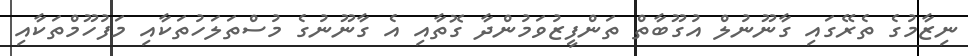
ނިޒާމުގެ ތެރޭގައި ގާނޫނުލް އުގޫބާތް ތަންފީޒުވަމުންދާ ގޮތާއި އެ ގާނޫނުގެ މުސްތަލަހުތަކާއި މަފުހޫމްތަކާއި